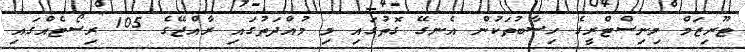
ޓޫރިޒަމް މިނިސްޓްރީގެ ހިސާބުތަކުން އެނގޭ ގޮތުގައި މި މުއްދަތުގައި ރާއްޖޭގެ 105 ރިސޯޓެއްގައި